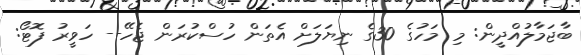
ބާޖަމާލުއްދީން: މި މަހުގެ 30ގެ ނިޔަލަށް އެތަން ހުސްކުރަން ޖެހޭ-- ހަވީރު ފޮޓޯ: